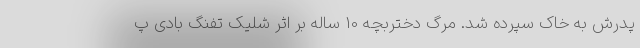
پدرش به خاک سپرده شد. مرگ دختربچه 10 ساله بر اثر شلیک تفنگ بادی پ